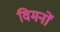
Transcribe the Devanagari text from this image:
विमनों